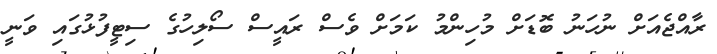
ރާއްޖެއަށް ނުހަނު ބޮޑަށް މުހިންމު ކަމަށް ވެސް ރައީސް ސޯލިހުގެ ސިޓީފުޅުގައި ވަނީ